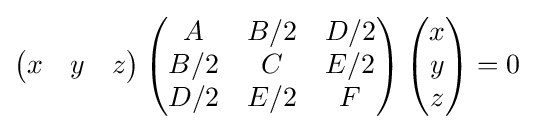
\left({\begin{matrix}x&y&z\end{matrix}}\right)\left({\begin{matrix}A&B/2&D/2\\B/2&C&E/2\\D/2&E/2&F\end{matrix}}\right)\left({\begin{matrix}x\\y\\z\end{matrix}}\right)=0